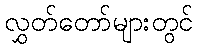
လွှတ်တော်များတွင်